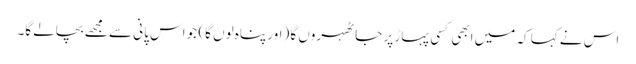
اس نے کہا کہ میں ابھی کسی پہاڑ پر جا ٹھہروں گا (اور پناہ لوں گا) جو اس پانی سے مجھے بچالے گا۔